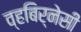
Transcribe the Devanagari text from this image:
व्हबिर्नेसी